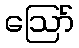
ဩော်